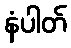
နံပါတ်